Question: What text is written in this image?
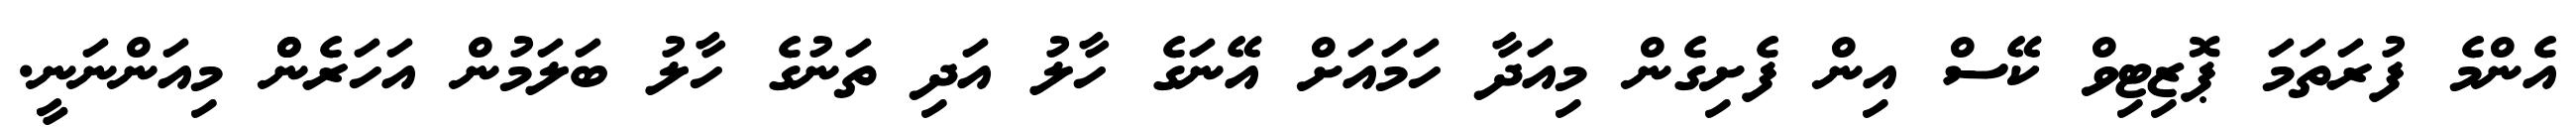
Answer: އެންމެ ފުރަތަމަ ޕޮޒިޓިވް ކޭސް އިން ފެށިގެން މިއަދާ ހަމައަށް އޭނަގެ ހާލު އަދި ތަނުގެ ހާލު ބަލަމުން އަހަރެންް މިއަންނަނީ.